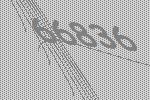
66836